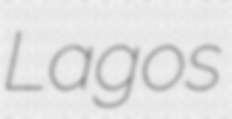
Lagos